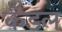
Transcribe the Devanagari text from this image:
कॅडल